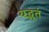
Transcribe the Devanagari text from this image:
यद्भूतं